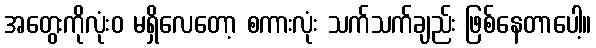
အတွေးကိုလုံးဝ မရှိလေတော့ စကားလုံး သက်သက်ချည်း ဖြစ်နေတာပေါ့။